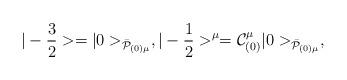
LaTeX: \begin{align*}|-{3\over 2}> = |0>_{{\bar{\cal P}}_{(0)\mu}} ,|-{1\over 2}>^\mu = {\cal C}_{(0)}^\mu|0>_{\bar{\cal P}_{(0)\mu}},\end{align*}